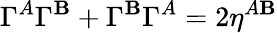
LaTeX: \Gamma^{A}\Gamma^{\mathbf{B}}+\Gamma^{\mathbf{B}}\Gamma^{A}=2\eta^{A\mathbf{B}}